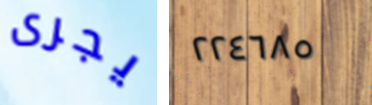
يجرى ٢٢٤٦٨٥